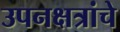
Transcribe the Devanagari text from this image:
उपनक्षत्रांचे